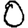
Digit: 0